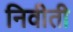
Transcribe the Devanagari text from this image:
निवीती